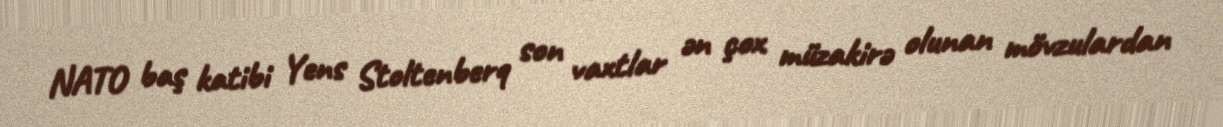
NATO baş katibi Yens Stoltenberq son vaxtlar ən çox müzakirə olunan mövzulardan